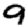
Digit: 9